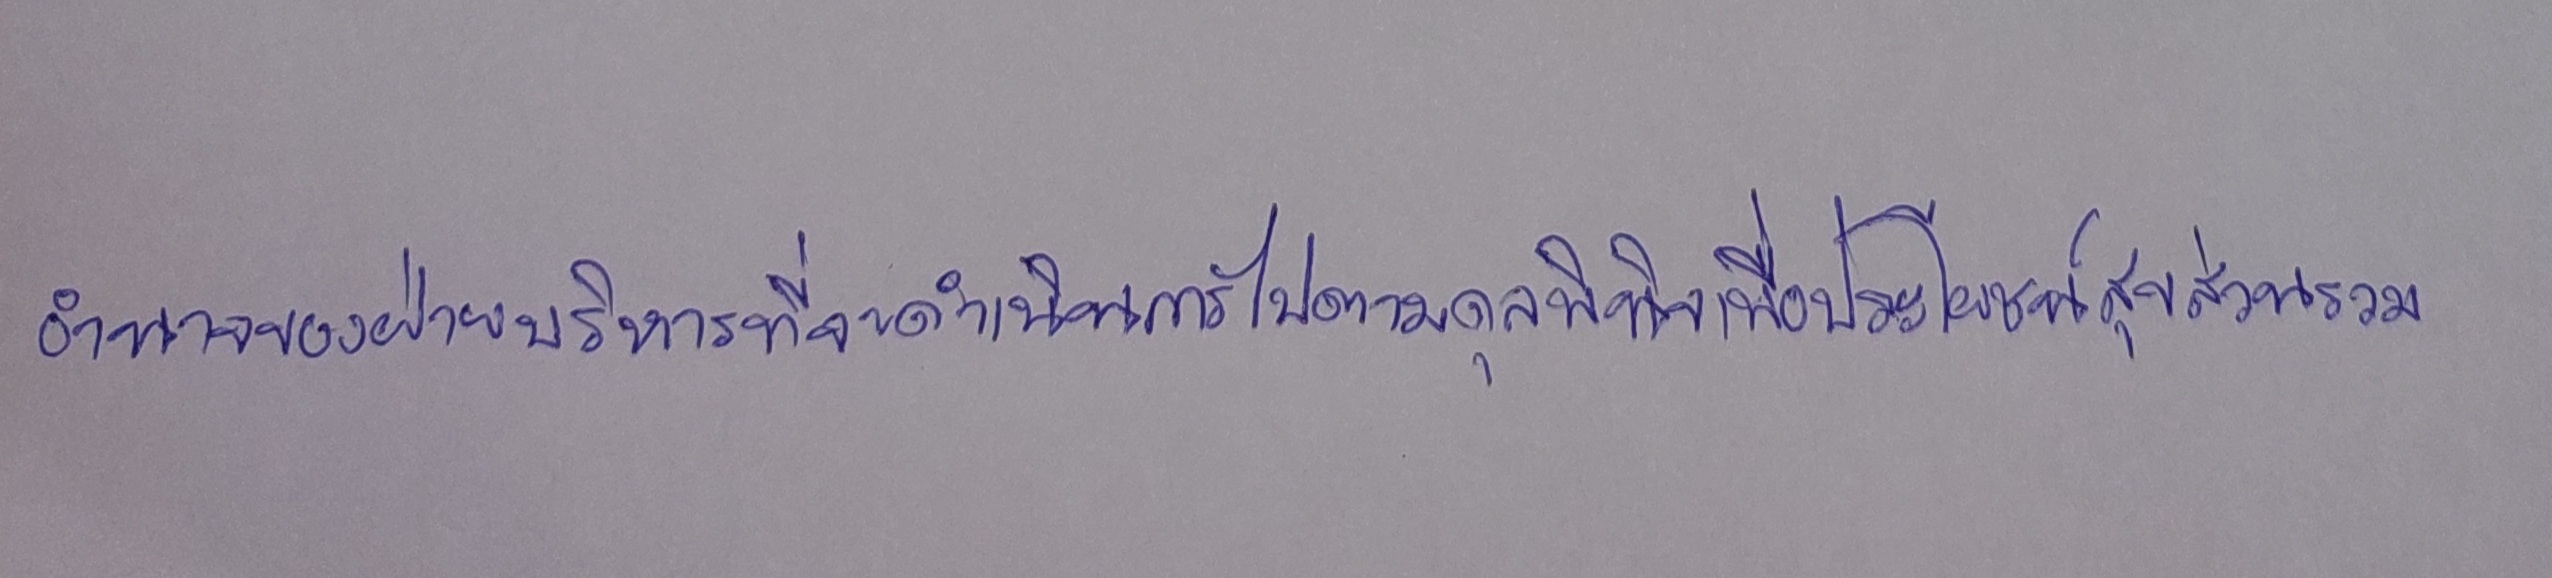
อำนาจของฝ่ายบริหารที่จะดำเนินการไปตามดุลพินิจเพื่อประโยชน์สุขส่วนรวม